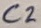
Text: C2